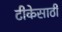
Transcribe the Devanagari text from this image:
टीकेसाठी